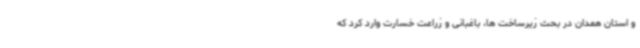
و استان همدان در بحث زیرساخت ها، باغبانی و زراعت خسارت وارد کرد که